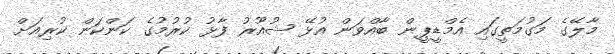
މާލޭގެ މަގުމަތީގައި އެމްޑީޕީން ބާއްވަން އުޅޭ ޝުއޫރު ފާޅު ކުރުމުގެ ކަންކަން ކުރިއަށް